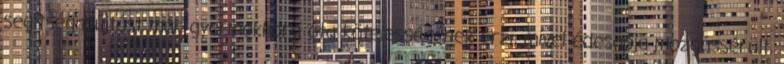
segítségnyújtást már gyermekkora óta kötelességének érzi, mivel édesapja mozgássérült,